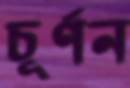
চূর্ণন